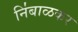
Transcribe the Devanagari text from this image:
नि॑बाळकर